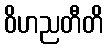
ဝိဟညတီတိ